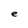
Character: e